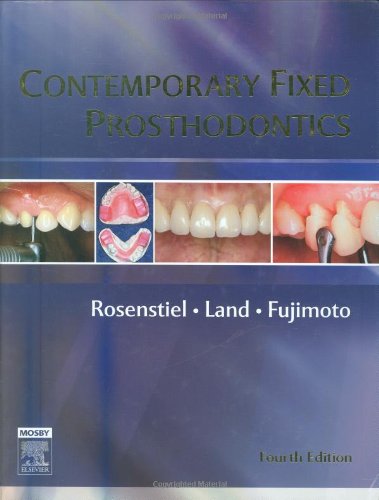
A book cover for Contemporary Fixed Prosthodontics, 4e; Stephen F. Rosenstiel BDS  MSD; Medical Books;